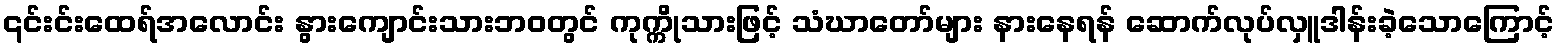
၎င်းင်းထေရ်အလောင်း နွားကျောင်းသားဘဝတွင် ကုက္ကိုသားဖြင့် သံဃာတော်များ နားနေရန် ဆောက်လုပ်လှူဒါန်းခဲ့သောကြောင့်